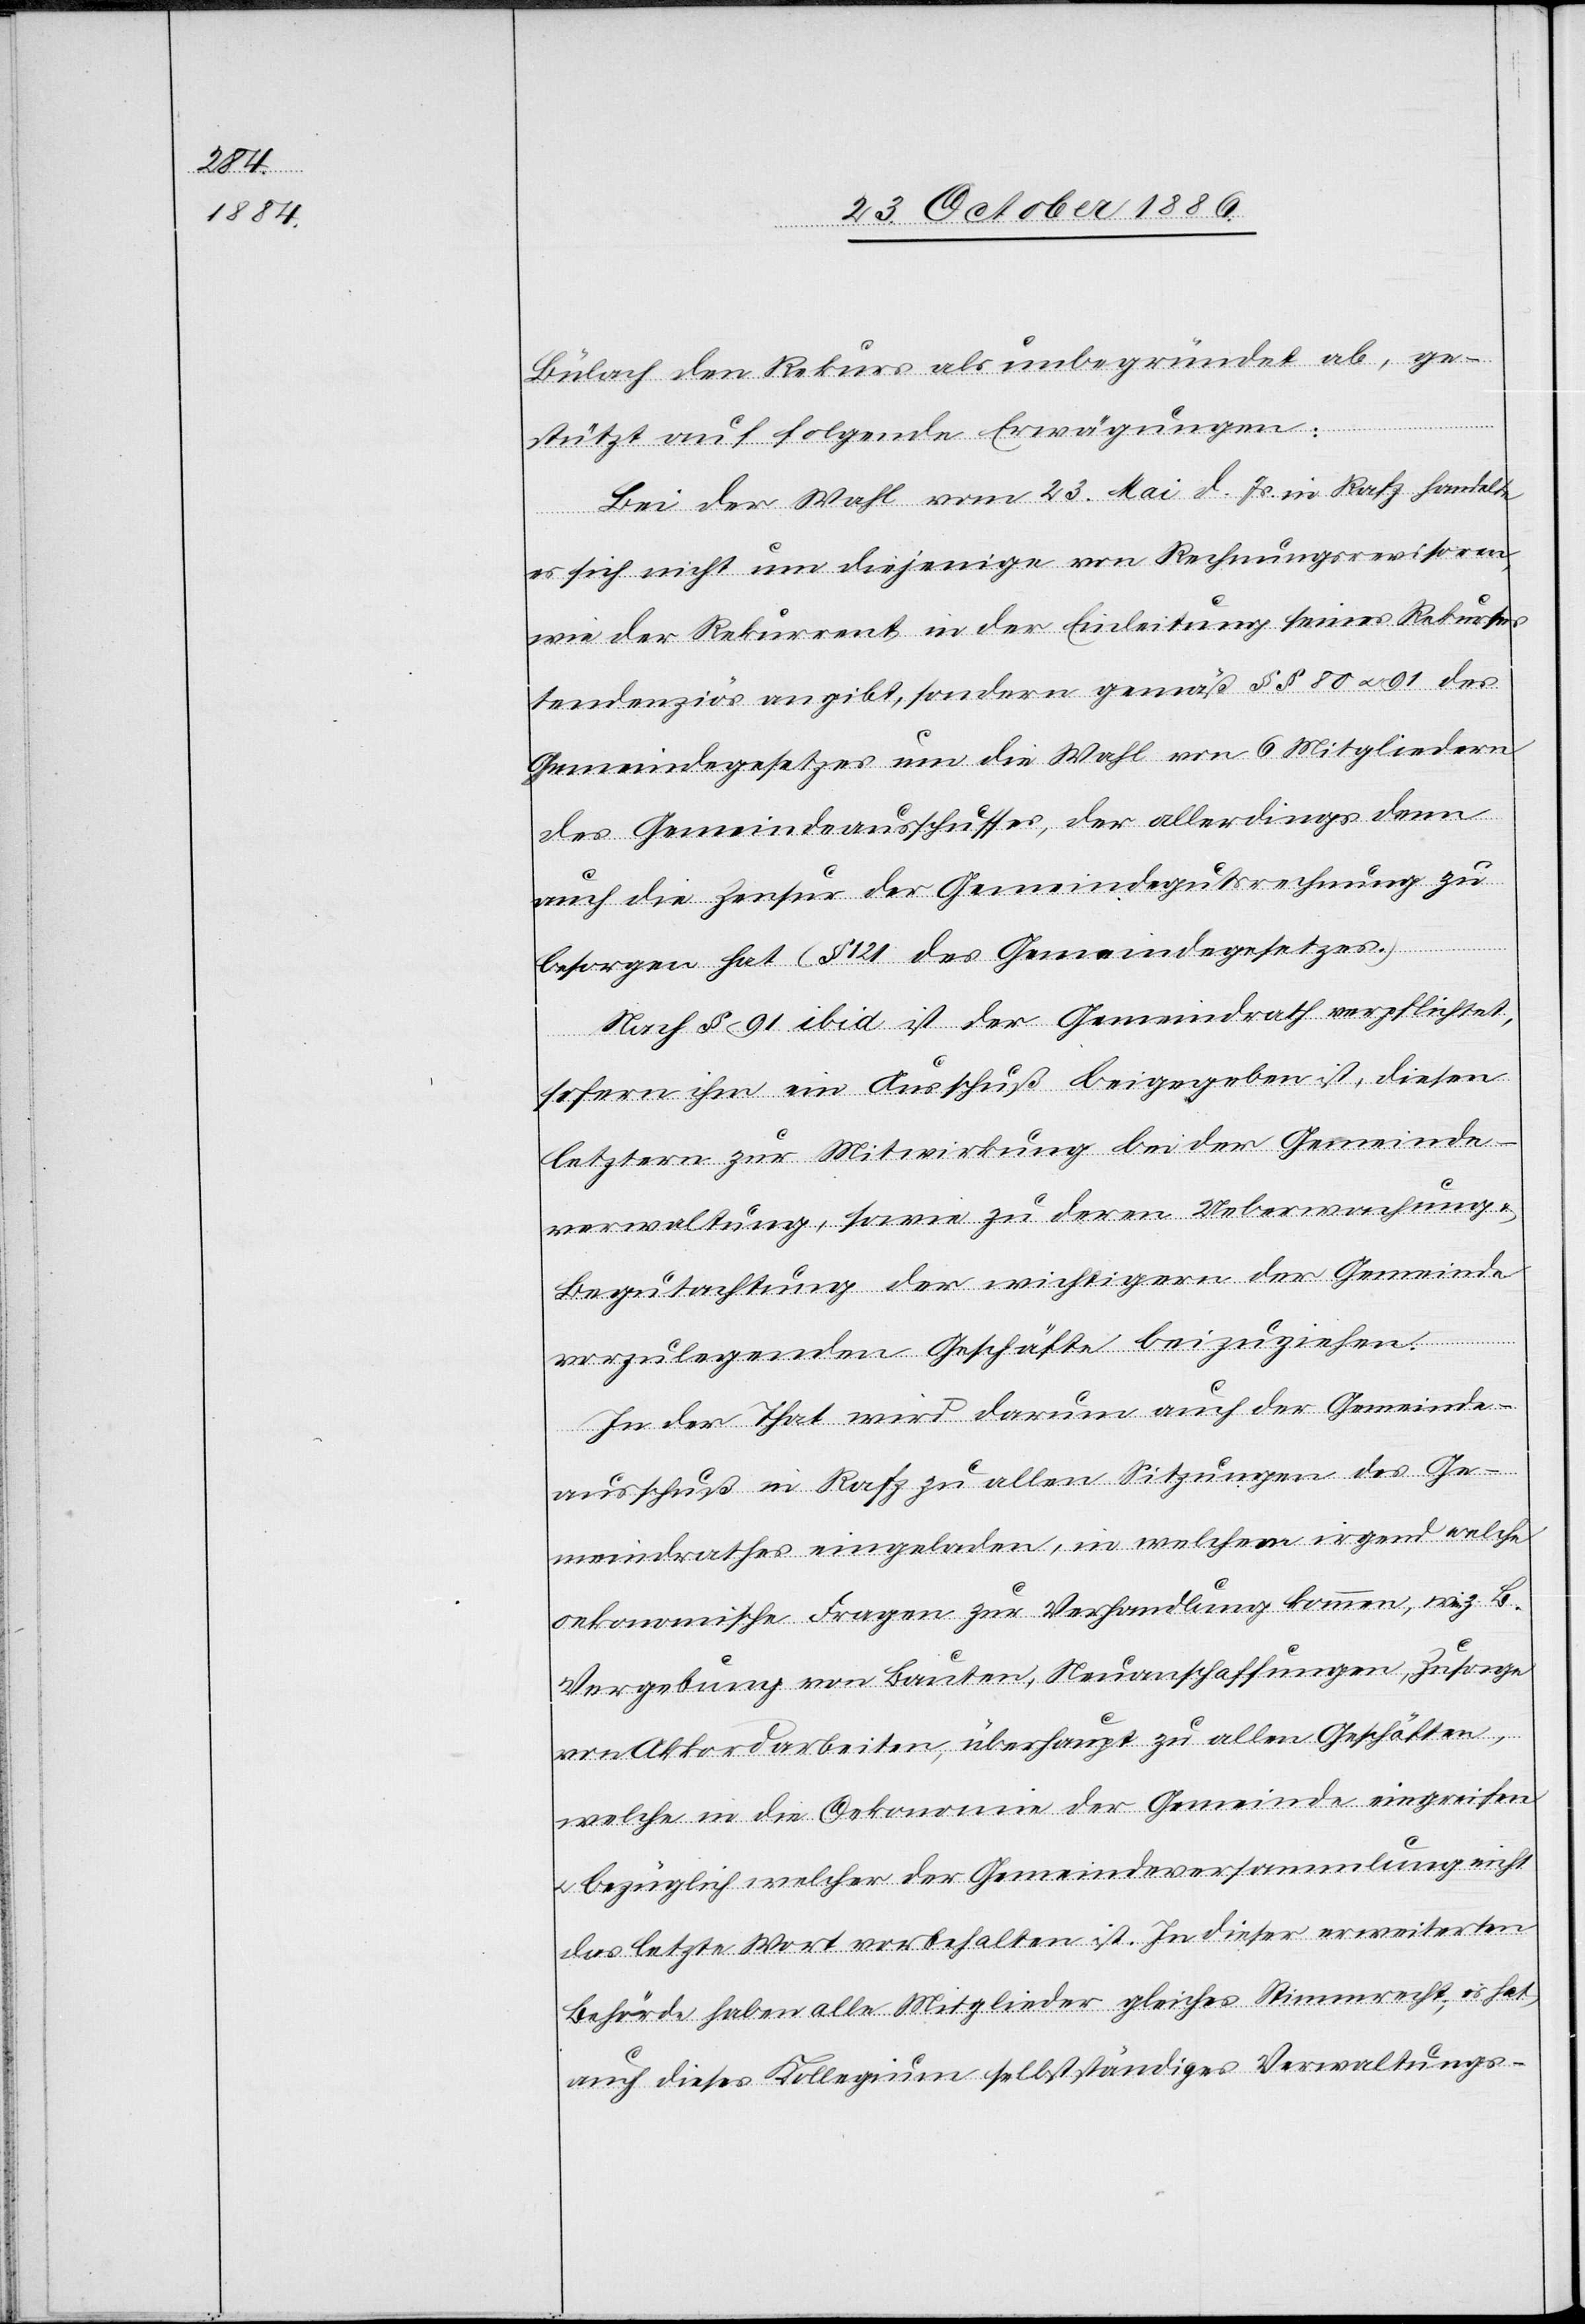
Bülach den Rekurs als unbegründet ab, ge¬
stützt auf folgende Erwägungen:
Bei der Wahl vom 23. Mai d. Js. in Rafz handelte
es sich nicht um diejenige von Rechnungsrevisoren,
wie der Rekurrent in der Einleitung seines Rekurses
tendenziös angibt, sondern gemäß §§ 80 & 91 des
Gemeindegesetzes um die Wahl von 6 Mitgliedern
des Gemeindeausschusses, der allerdings denn
auch die Zensur der Gemeindegutsrechnung zu
besorgen hat (§ 121 des Gemeindegesetzes.)
Nach § 91 ibid ist der Gemeindrath verpflichtet,
sofern ihm ein Ausschuß beigegeben ist, diesen
letztern zur Mitwirkung bei der Gemeinde¬
verwaltung, sowie zu deren Ueberwachung
Begutachtung der wichtigern der Gemeinde
vorzulegenden Geschäfte beizuziehen.
In der That wird darum auch der Gemeinde¬
ausschuß in Rafz zu allen Sitzungen des Ge¬
meindrathes eingeladen, in welchem irgend welche
oekonomische Fragen zur Verhandlung kommen, wie z. B.
Vergebung von Bauten, Neuanschaffungen, Zusage
von Akkordarbeiten, überhaupt zu allen Geschäften,
welche in die Oekonomie der Gemeinde eingreifen
bezüglich welcher der Gemeindeversammlung nicht
das letzte Wort vorbehalten ist. In dieser erweiterten
Behörde haben alle Mitglieder gleiches Stimmrecht; es hat
auch dieses Kollegium selbstständiges [sic!] Verwaltungs-